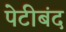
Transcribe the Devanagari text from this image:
पेटीबंद